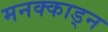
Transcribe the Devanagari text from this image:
मनक्काड्न